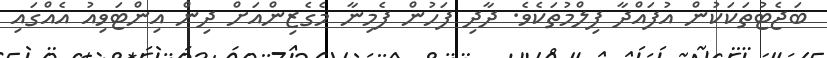
ބަޖެޓުތަކަކުން އުފައްދާ ފިލްމުތަކެވެ. ދާދި ފަހުން ފެމިނާ މެގެޒިންއަށް ދިން އިންޓަވިއު އެއްގައި